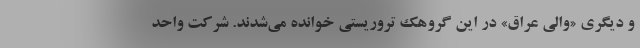
و دیگری «والی عراق» در این گروهک تروریستی خوانده می‌شدند. شرکت واحد